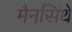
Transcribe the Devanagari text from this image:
मैनसिंथे